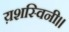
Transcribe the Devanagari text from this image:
य़शस्विनी।।